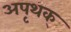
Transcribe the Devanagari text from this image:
अपृथक्